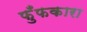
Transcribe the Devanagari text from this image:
फुँफकारा